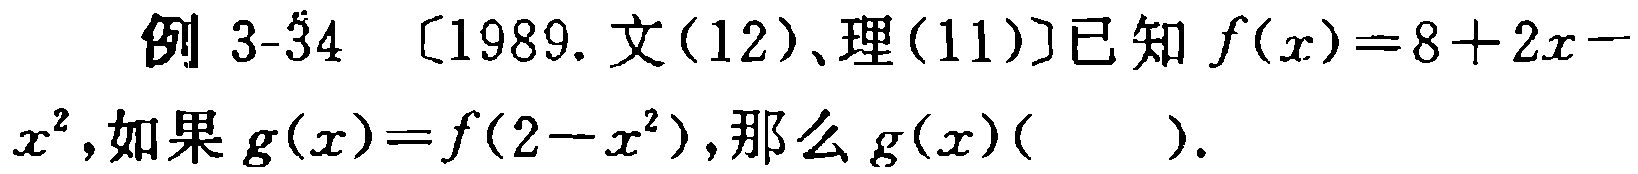
例 3-34 〔1989. 文(12)、理(11)〕已知 \(f(x)=8 + 2x - x^{2}\),如果 \(g(x)=f(2 - x^{2})\),那么 \(g(x)(\quad\quad)\).